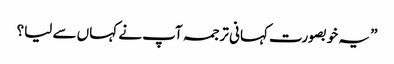
” یہ خوبصورت کہانی ترجمہ آپ نے کہاں سے لیا؟